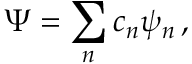
\Psi = \sum _ { n } c _ { n } \psi _ { n } \, ,